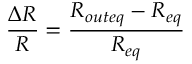
\frac { \Delta R } { R } = \frac { R _ { o u t e q } - R _ { e q } } { R _ { e q } }